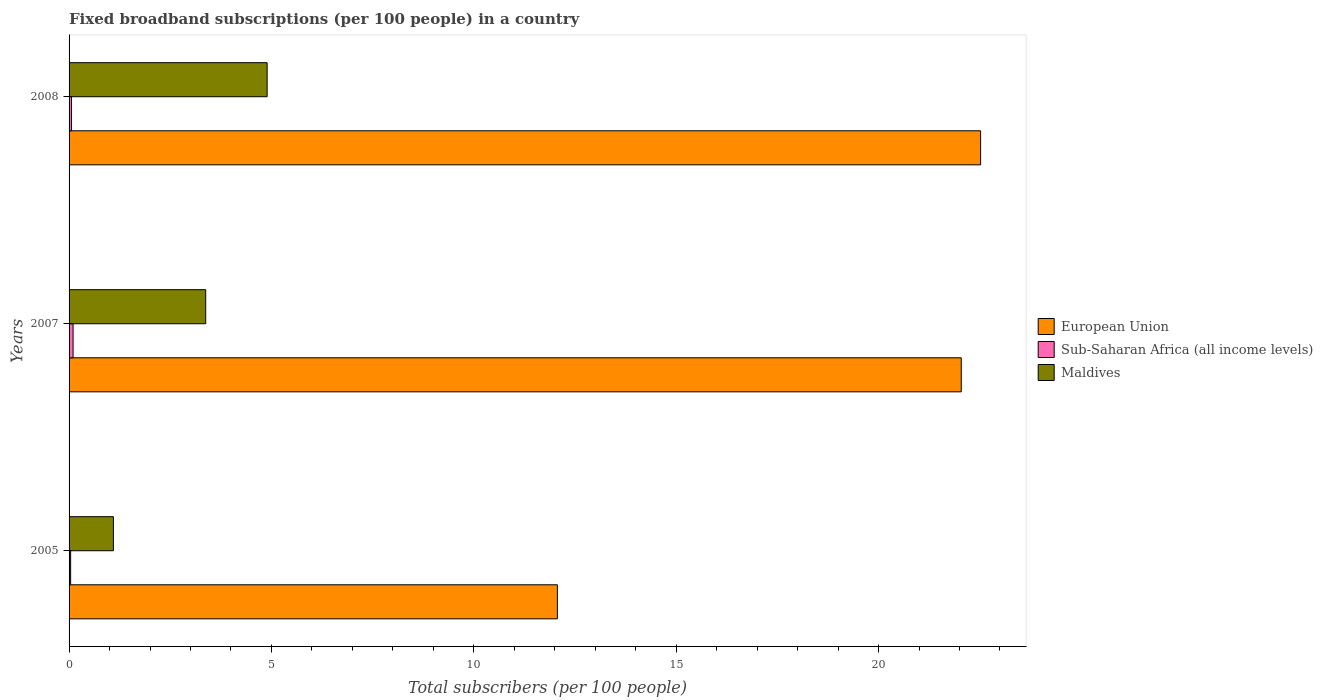
| Years | European Union | Sub-Saharan Africa (all income levels) | Maldives |
 | --- | --- | --- | --- |
 | 2005 | 12.1 | 0.0388 | 1.1 |
 | 2007 | 22 | 0.099 | 3.38 |
 | 2008 | 22.5 | 0.0605 | 4.89 |